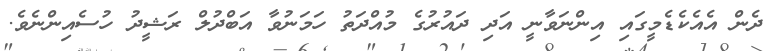
ދެން އެއެކެޑެމީގައި އިންނަވާނީ އަދި ދައުރުގެ މުއްދަތު ހަމަނުވާ އަބްދުލް ރަޝީދު ހުސެއިންނެވެ.